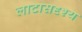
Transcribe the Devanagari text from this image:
लाटासदृश्य